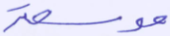
موسعة